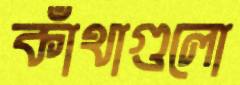
কাঁথাগুলো